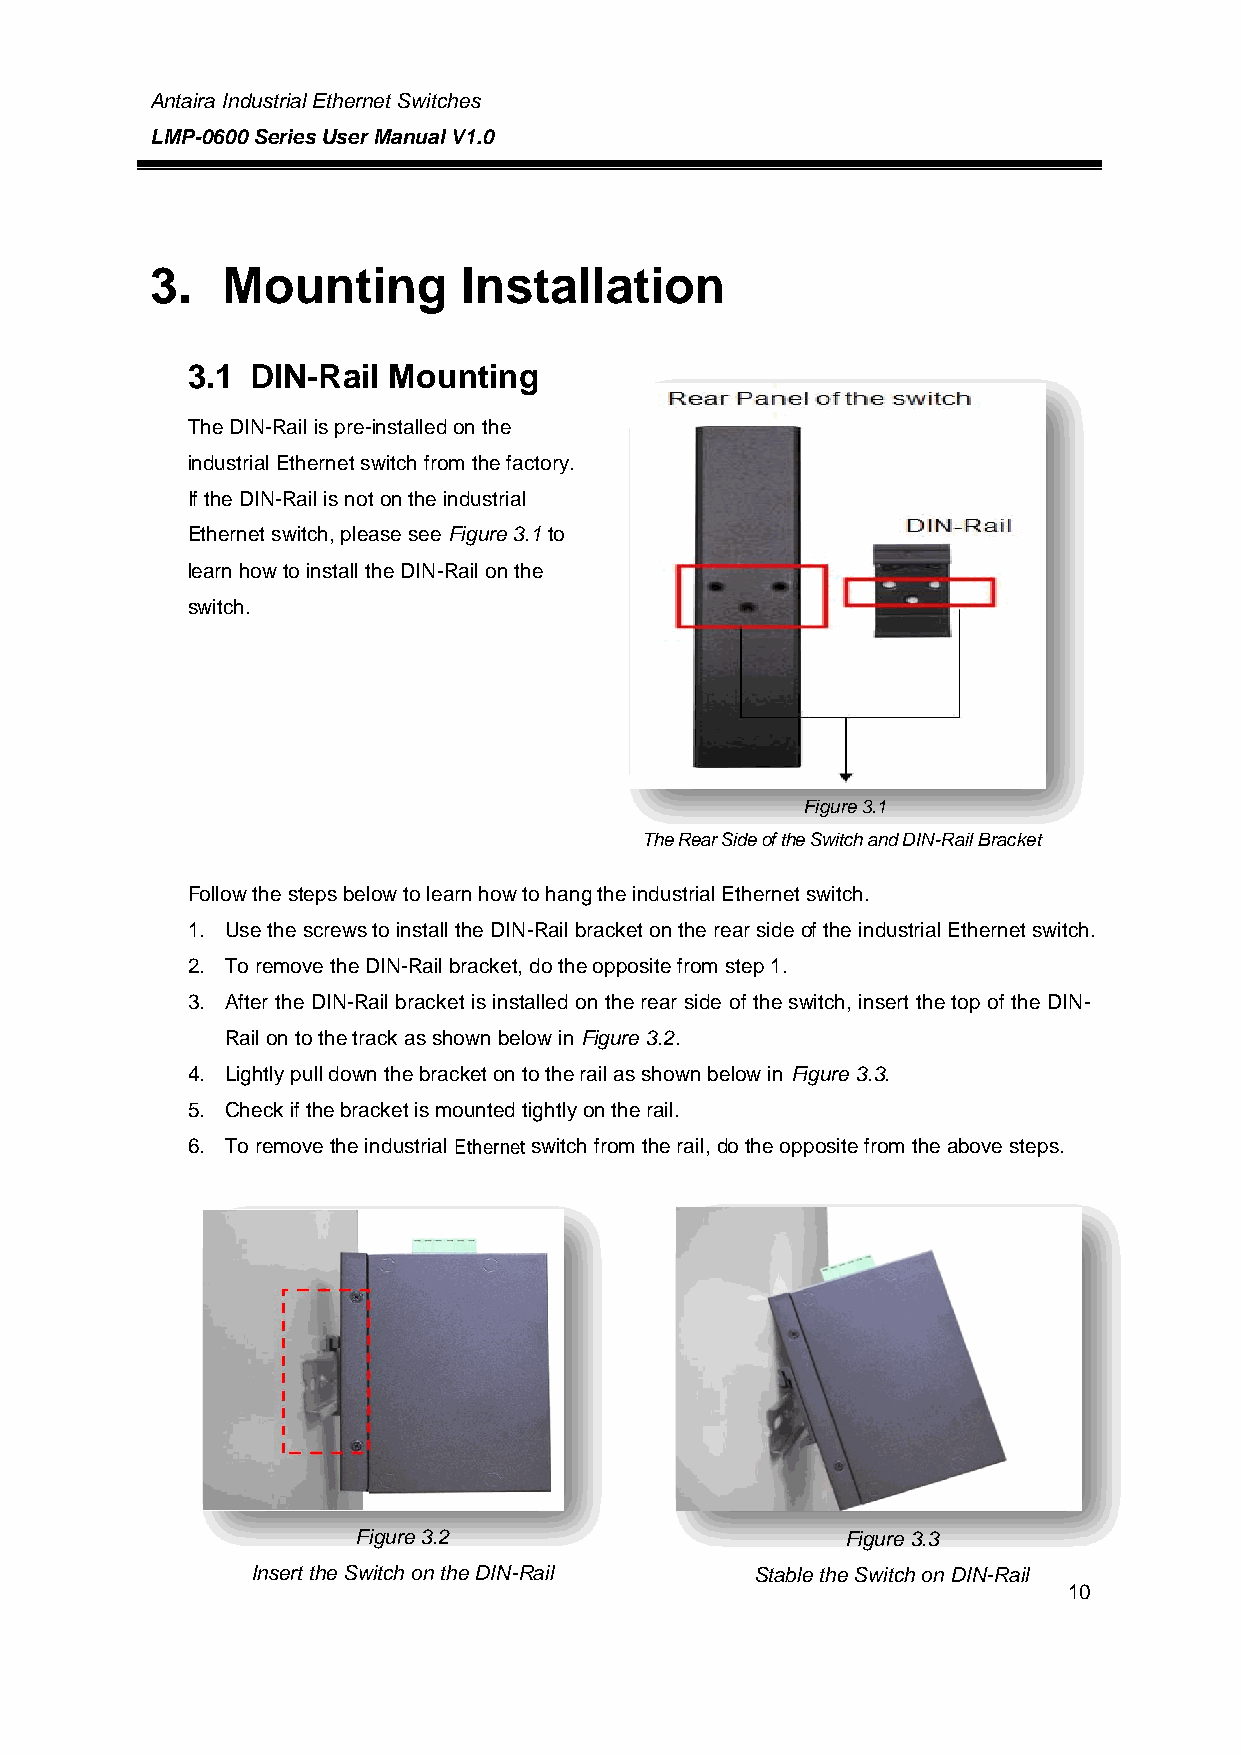
Antaira Industrial Ethernet Switches
 LMP-0600 Series User Manual V1.0
 3.   Mounting        Installation
 3.1  DIN-Rail Mounting
 The DIN-Rail is pre-installed on the
 industrial Ethernet switch from the factory.
 If the DIN-Rail is not on the industrial
 Ethernet switch, please see Figure 3.1 to
 learn how to install the DIN-Rail on the
 switch.
 Figure 3.1
 The Rear Side of the Switch and DIN-Rail Bracket
 Follow the steps below to learn how to hang the industrial Ethernet switch.
 1. Use the screws to install the DIN-Rail bracket on the rear side of the industrial Ethernet switch.
 2. To remove the DIN-Rail bracket, do the opposite from step 1.
 3. After the DIN-Rail bracket is installed on the rear side of the switch, insert the top of the DIN-
 Rail on to the track as shown below in Figure 3.2.
 4. Lightly pull down the bracket on to the rail as shown below in Figure 3.3.
 5. Check if the bracket is mounted tightly on the rail.
 6. To remove the industrial Ethernet switch from the rail, do the opposite from the above steps.
 Figure 3.2                      Figure 3.3
 Insert the Switch on the DIN-Rail Stable the Switch on DIN-Rail
 10